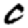
Digit: 0